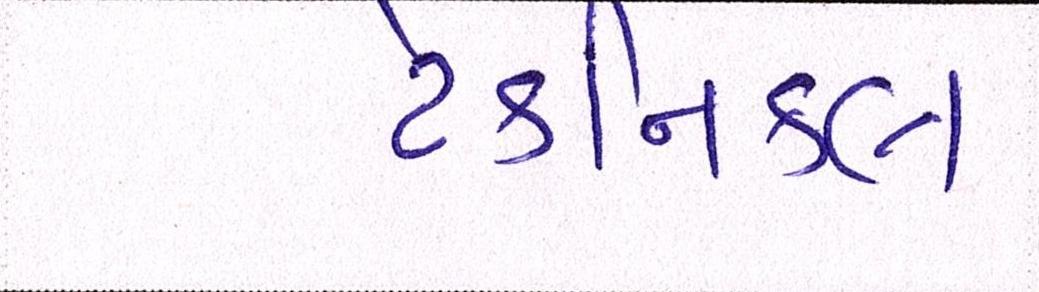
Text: ટેકનિકલ